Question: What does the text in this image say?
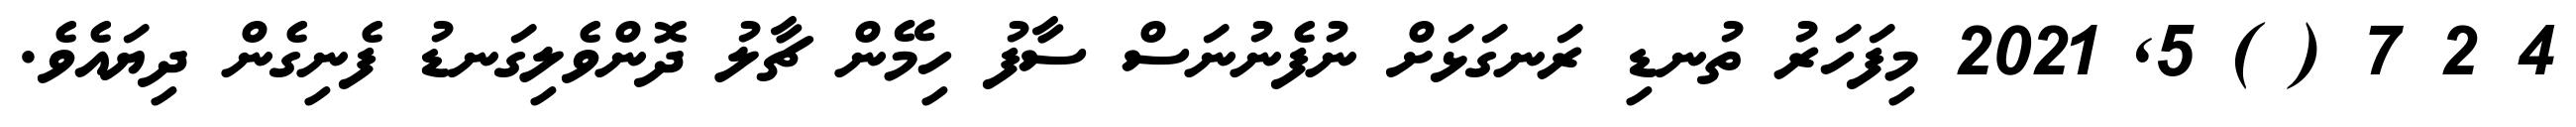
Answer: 4 2 7 ( ) 5, 2021 މިފަހަރު ތުނޑި ރަނގަޅަށް ނުފެނުނަސް ސާފު ހިމޭން ޗާލު ދޮންވެލިގަނޑު ފެނިގެން ދިޔައެވެ.